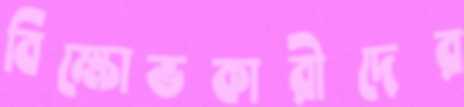
বিক্ষোভকারীদের